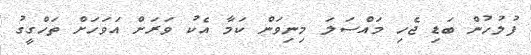
ފުލުހުން ބަޑި ޖެހި މައްސަލަ މިނިވަން ކަމާ އެކު ވަރަށް އަވަހަށް ތަހްގީގު